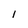
Character: 1